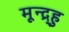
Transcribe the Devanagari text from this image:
मून्द्र्हु